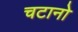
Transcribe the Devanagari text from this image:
चटानो